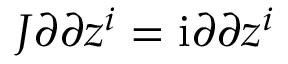
J \o { \partial } { \partial z ^ { i } } = \mathrm { i } \o { \partial } { \partial z ^ { i } }